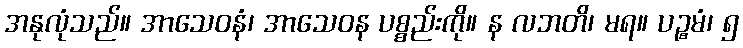
အနုလုံသည်။ အာသေဝနံ၊ အာသေဝန ပစ္စည်းကို။ န လဘတိ၊ မရ။ ပဉ္စမံ၊ ၅